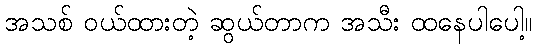
အသစ် ဝယ်ထားတဲ့ ဆွယ်တာက အသီး ထနေပါပေါ့။